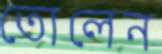
তোলেন